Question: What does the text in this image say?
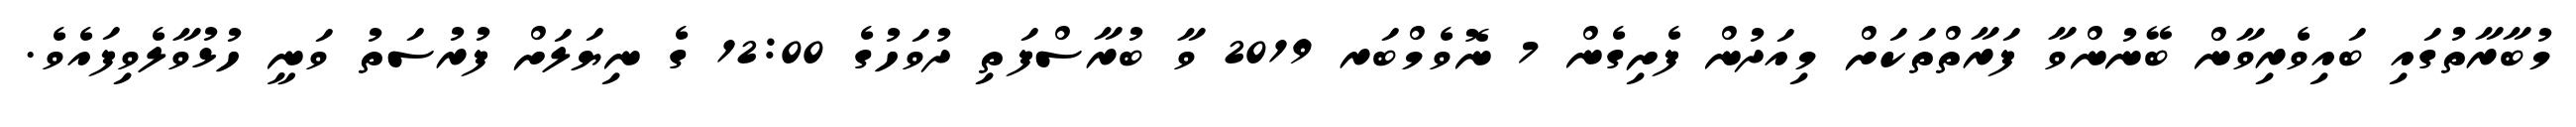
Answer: މުބާރާތުގައި ބައިވެރިވާން ބޭނުންވާ ފަރާތްތަކަށް މިއަދުން ފެށިގެން 7 ނޮވެމްބަރ 2019 ވާ ބުރާސްފަތި ދުވަހުގެ 12:00 ގެ ނިޔަލަށް ފުރުސަތު ވަނީ ހުޅުވާލެވިފައެވެ.